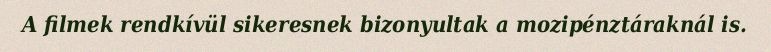
A filmek rendkívül sikeresnek bizonyultak a mozipénztáraknál is.